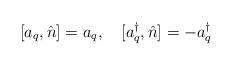
LaTeX: \begin{align*}[a_{q},\hat{n}]=a_{q},~~~[a_{q}^{\dag},\hat{n}]=-a_{q}^{\dag}\end{align*}